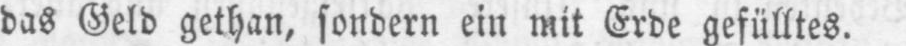
das Geld gethan, sondern ein mit Erde gefülltes.